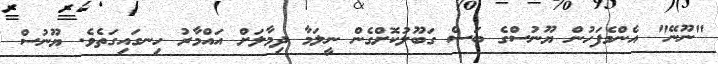
"ނޫނޭ" އެންމެފަހުން ޔޫނުސްގެ ބަސް ގަބޫލުކޮށްގެން ނީލަމާ ދިމާލަށް އައްމާރު ހިނގައިގަތެވެ. ޔޫނުސް